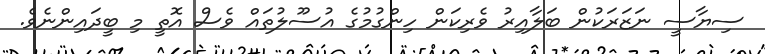
ސިޔާސީ ނަޒަރަކުން ބަލާއިރު ވެރިކަން ހިންގުމުގެ އުސޫލުތައް ވެސް އޮތީ މި ބީދައިންނެވެ.